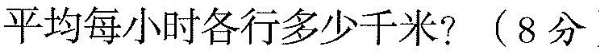
平均每小时各行多少千米?(8分)